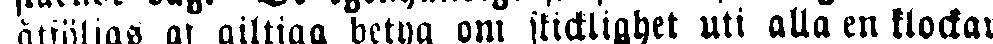
åtföljas at giltiga betyg om skicklighet uti alla en klockar